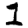
Digit: 1